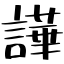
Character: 譁